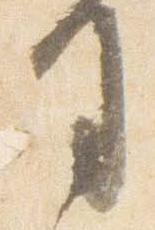
司